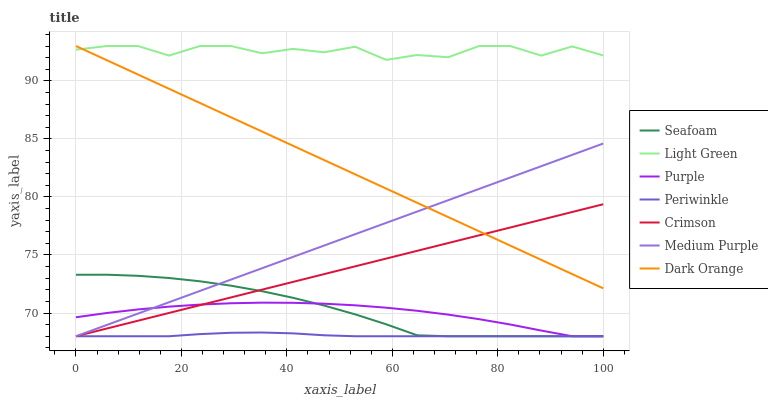
| xaxis_label | Seafoam | Light Green | Purple | Periwinkle | Crimson | Medium Purple | Dark Orange |
 | --- | --- | --- | --- | --- | --- | --- | --- |
 | 0 | 73.3 | 92.7 | 69.6 | 68 | 68 | 68 | 93 |
 | 5.88 | 73.3 | 93 | 70 | 68 | 68.7 | 69 | 91.8 |
 | 11.8 | 73.2 | 93 | 70.3 | 68 | 69.3 | 70 | 90.5 |
 | 17.6 | 73 | 92.2 | 70.6 | 68 | 70 | 70.9 | 89.3 |
 | 23.5 | 72.7 | 93 | 70.7 | 68.2 | 70.7 | 71.9 | 88.1 |
 | 29.4 | 72.4 | 93 | 70.8 | 68.3 | 71.3 | 72.9 | 86.9 |
 | 35.3 | 71.9 | 92.4 | 70.9 | 68.3 | 72 | 73.9 | 85.6 |
 | 41.2 | 71.3 | 92.8 | 70.9 | 68.2 | 72.7 | 74.8 | 84.4 |
 | 47.1 | 70.6 | 92.5 | 70.8 | 68.1 | 73.4 | 75.8 | 83.2 |
 | 52.9 | 69.9 | 92.9 | 70.7 | 68 | 74 | 76.8 | 81.9 |
 | 58.8 | 69 | 91.8 | 70.5 | 68 | 74.7 | 77.8 | 80.7 |
 | 64.7 | 68.1 | 92.2 | 70.2 | 68 | 75.4 | 78.7 | 79.5 |
 | 70.6 | 68 | 92 | 69.9 | 68 | 76 | 79.7 | 78.3 |
 | 76.5 | 68 | 93 | 69.5 | 68 | 76.7 | 80.7 | 77 |
 | 82.4 | 68 | 93 | 69 | 68 | 77.4 | 81.7 | 75.8 |
 | 88.2 | 68 | 92.2 | 68.5 | 68 | 78 | 82.6 | 74.6 |
 | 94.1 | 68 | 93 | 68 | 68 | 78.7 | 83.6 | 73.4 |
 | 100 | 68 | 92.2 | 68 | 68 | 79.4 | 84.6 | 72.1 |